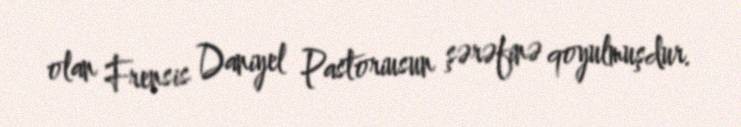
olan Frensis Daniyel Pastoriusun şərəfinə qoyulmuşdur.